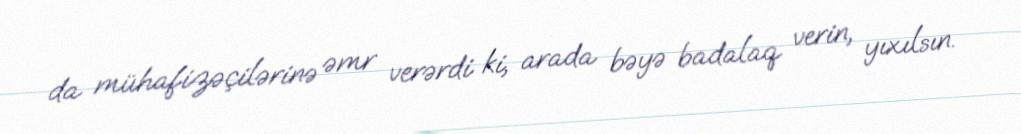
da mühafizəçilərinə əmr verərdi ki, arada bəyə badalaq verin, yıxılsın.